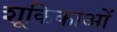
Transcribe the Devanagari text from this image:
शूकिकाओं